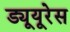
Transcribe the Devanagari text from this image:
ड्यूयूरेस